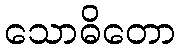
သောဓိတော